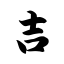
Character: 吉